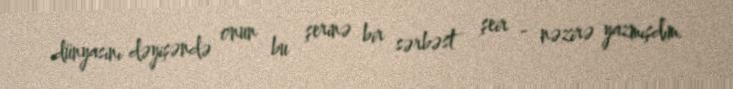
dünyasını dəyişəndə onun bu şerinə bir sərbəst şeir - nəzirə yazmışdım.